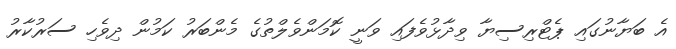
އެ ބަޔާނުގައި ޕެޓްރިސިޔާ ވިދާޅުވެފައި ވަނީ ކޮމަންވެލްތުގެ މެންބަރު ކަމުން ދިވެހި ސަރުކާރު